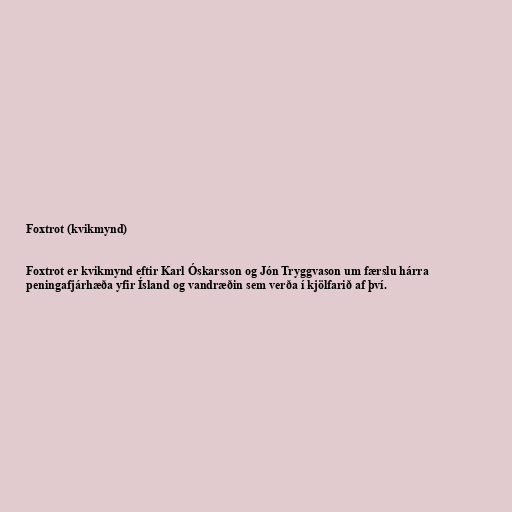
Foxtrot (kvikmynd)

Foxtrot er kvikmynd eftir Karl Óskarsson og Jón Tryggvason um færslu hárra
peningafjárhæða yfir Ísland og vandræðin sem verða í kjölfarið af því.